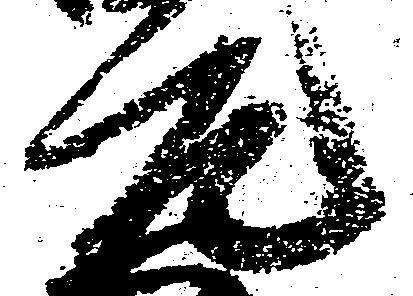
元